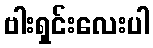
ဗါးရှင်းလေးပါ